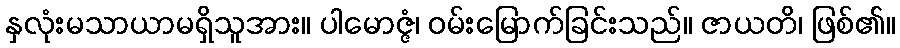
နှလုံးမသာယာမရှိသူအား။ ပါမောဇ္ဇံ၊ ဝမ်းမြောက်ခြင်းသည်။ ဇာယတိ၊ ဖြစ်၏။